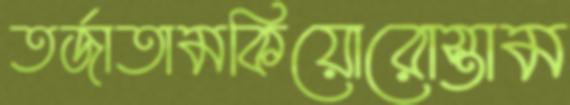
তর্জাতামকিয়োরোস্তাম